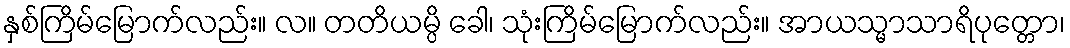
နှစ်ကြိမ်မြောက်လည်း။ လ။ တတိယမ္ပိ ခေါ၊ သုံးကြိမ်မြောက်လည်း။ အာယသ္မာသာရိပုတ္တော၊